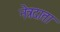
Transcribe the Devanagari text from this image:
नेत्रदाता